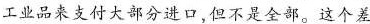
工业品来支付大部分进口，但不是全部。这个差